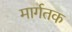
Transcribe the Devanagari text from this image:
मार्गतक